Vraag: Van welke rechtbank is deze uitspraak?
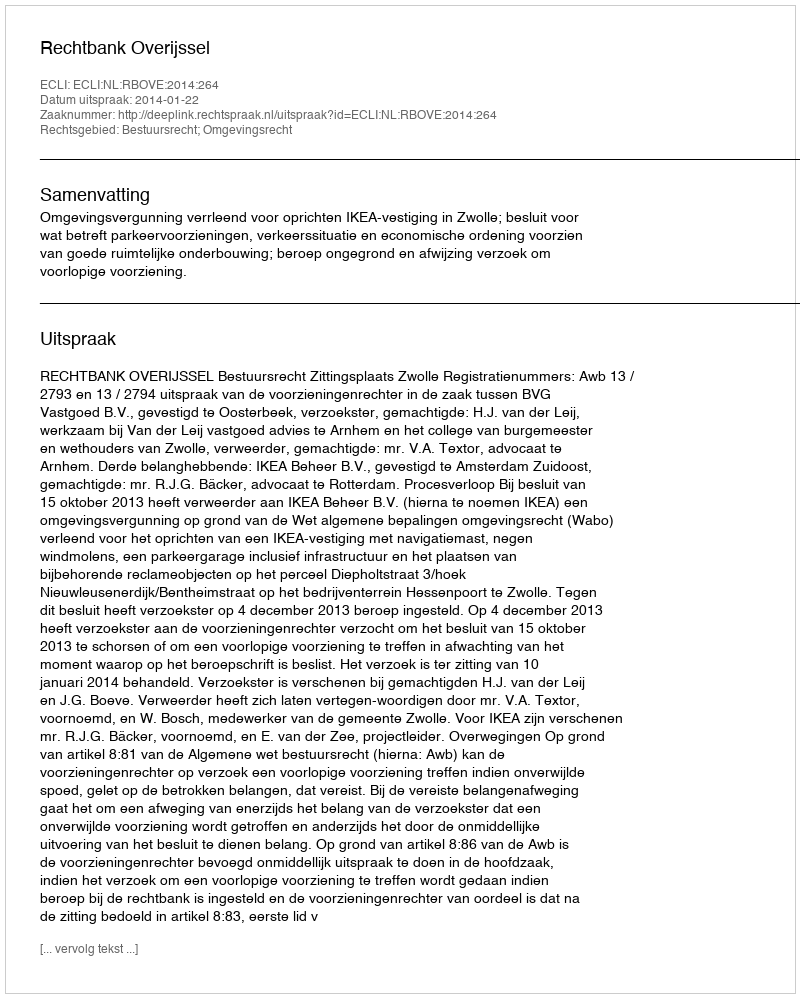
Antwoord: Rechtbank Overijssel